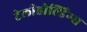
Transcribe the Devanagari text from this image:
टेलीहोल्डिंग्स